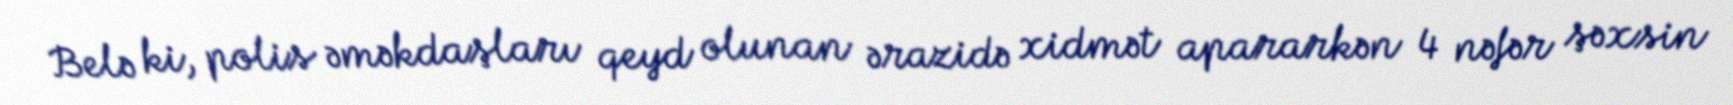
Belə ki, polis əməkdaşları qeyd olunan ərazidə xidmət apararkən 4 nəfər şəxsin